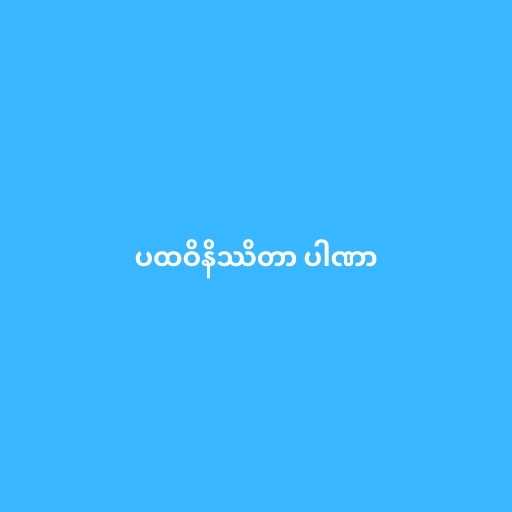
ပထဝိနိဿိတာ ပါဏာ